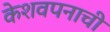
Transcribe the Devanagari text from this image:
केशवपनाची